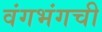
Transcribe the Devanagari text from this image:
वंगभंगची